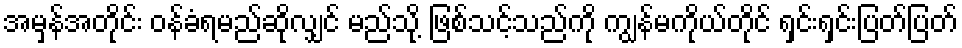
အမှန်အတိုင်း ဝန်ခံရမည်ဆိုလျှင် မည်သို့ ဖြစ်သင့်သည်ကို ကျွန်မကိုယ်တိုင် ရှင်းရှင်းပြတ်ပြတ်